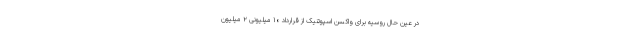
در عین حال روسیه برای واکسن اسپوتنیک از قرارداد ۱۰ میلیونی ۲ میلیون